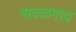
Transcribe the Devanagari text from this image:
रावळगाव